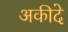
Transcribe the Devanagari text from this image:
अकीदे